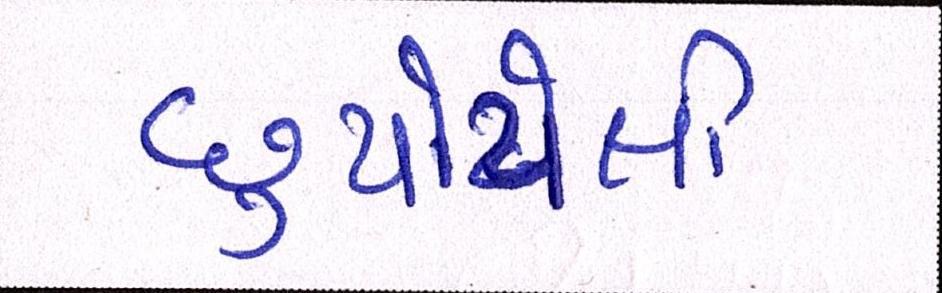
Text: છુપાયેલી